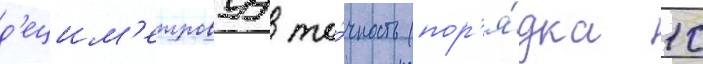
д'ецим'етровуу то́чность (пор'я́дка 10